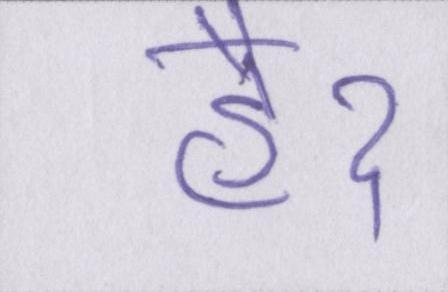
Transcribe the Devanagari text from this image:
हैॽ